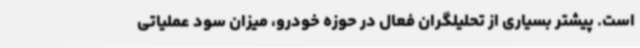
است. پیشتر بسیاری از تحلیلگران فعال در حوزه خودرو، میزان سود عملیاتی